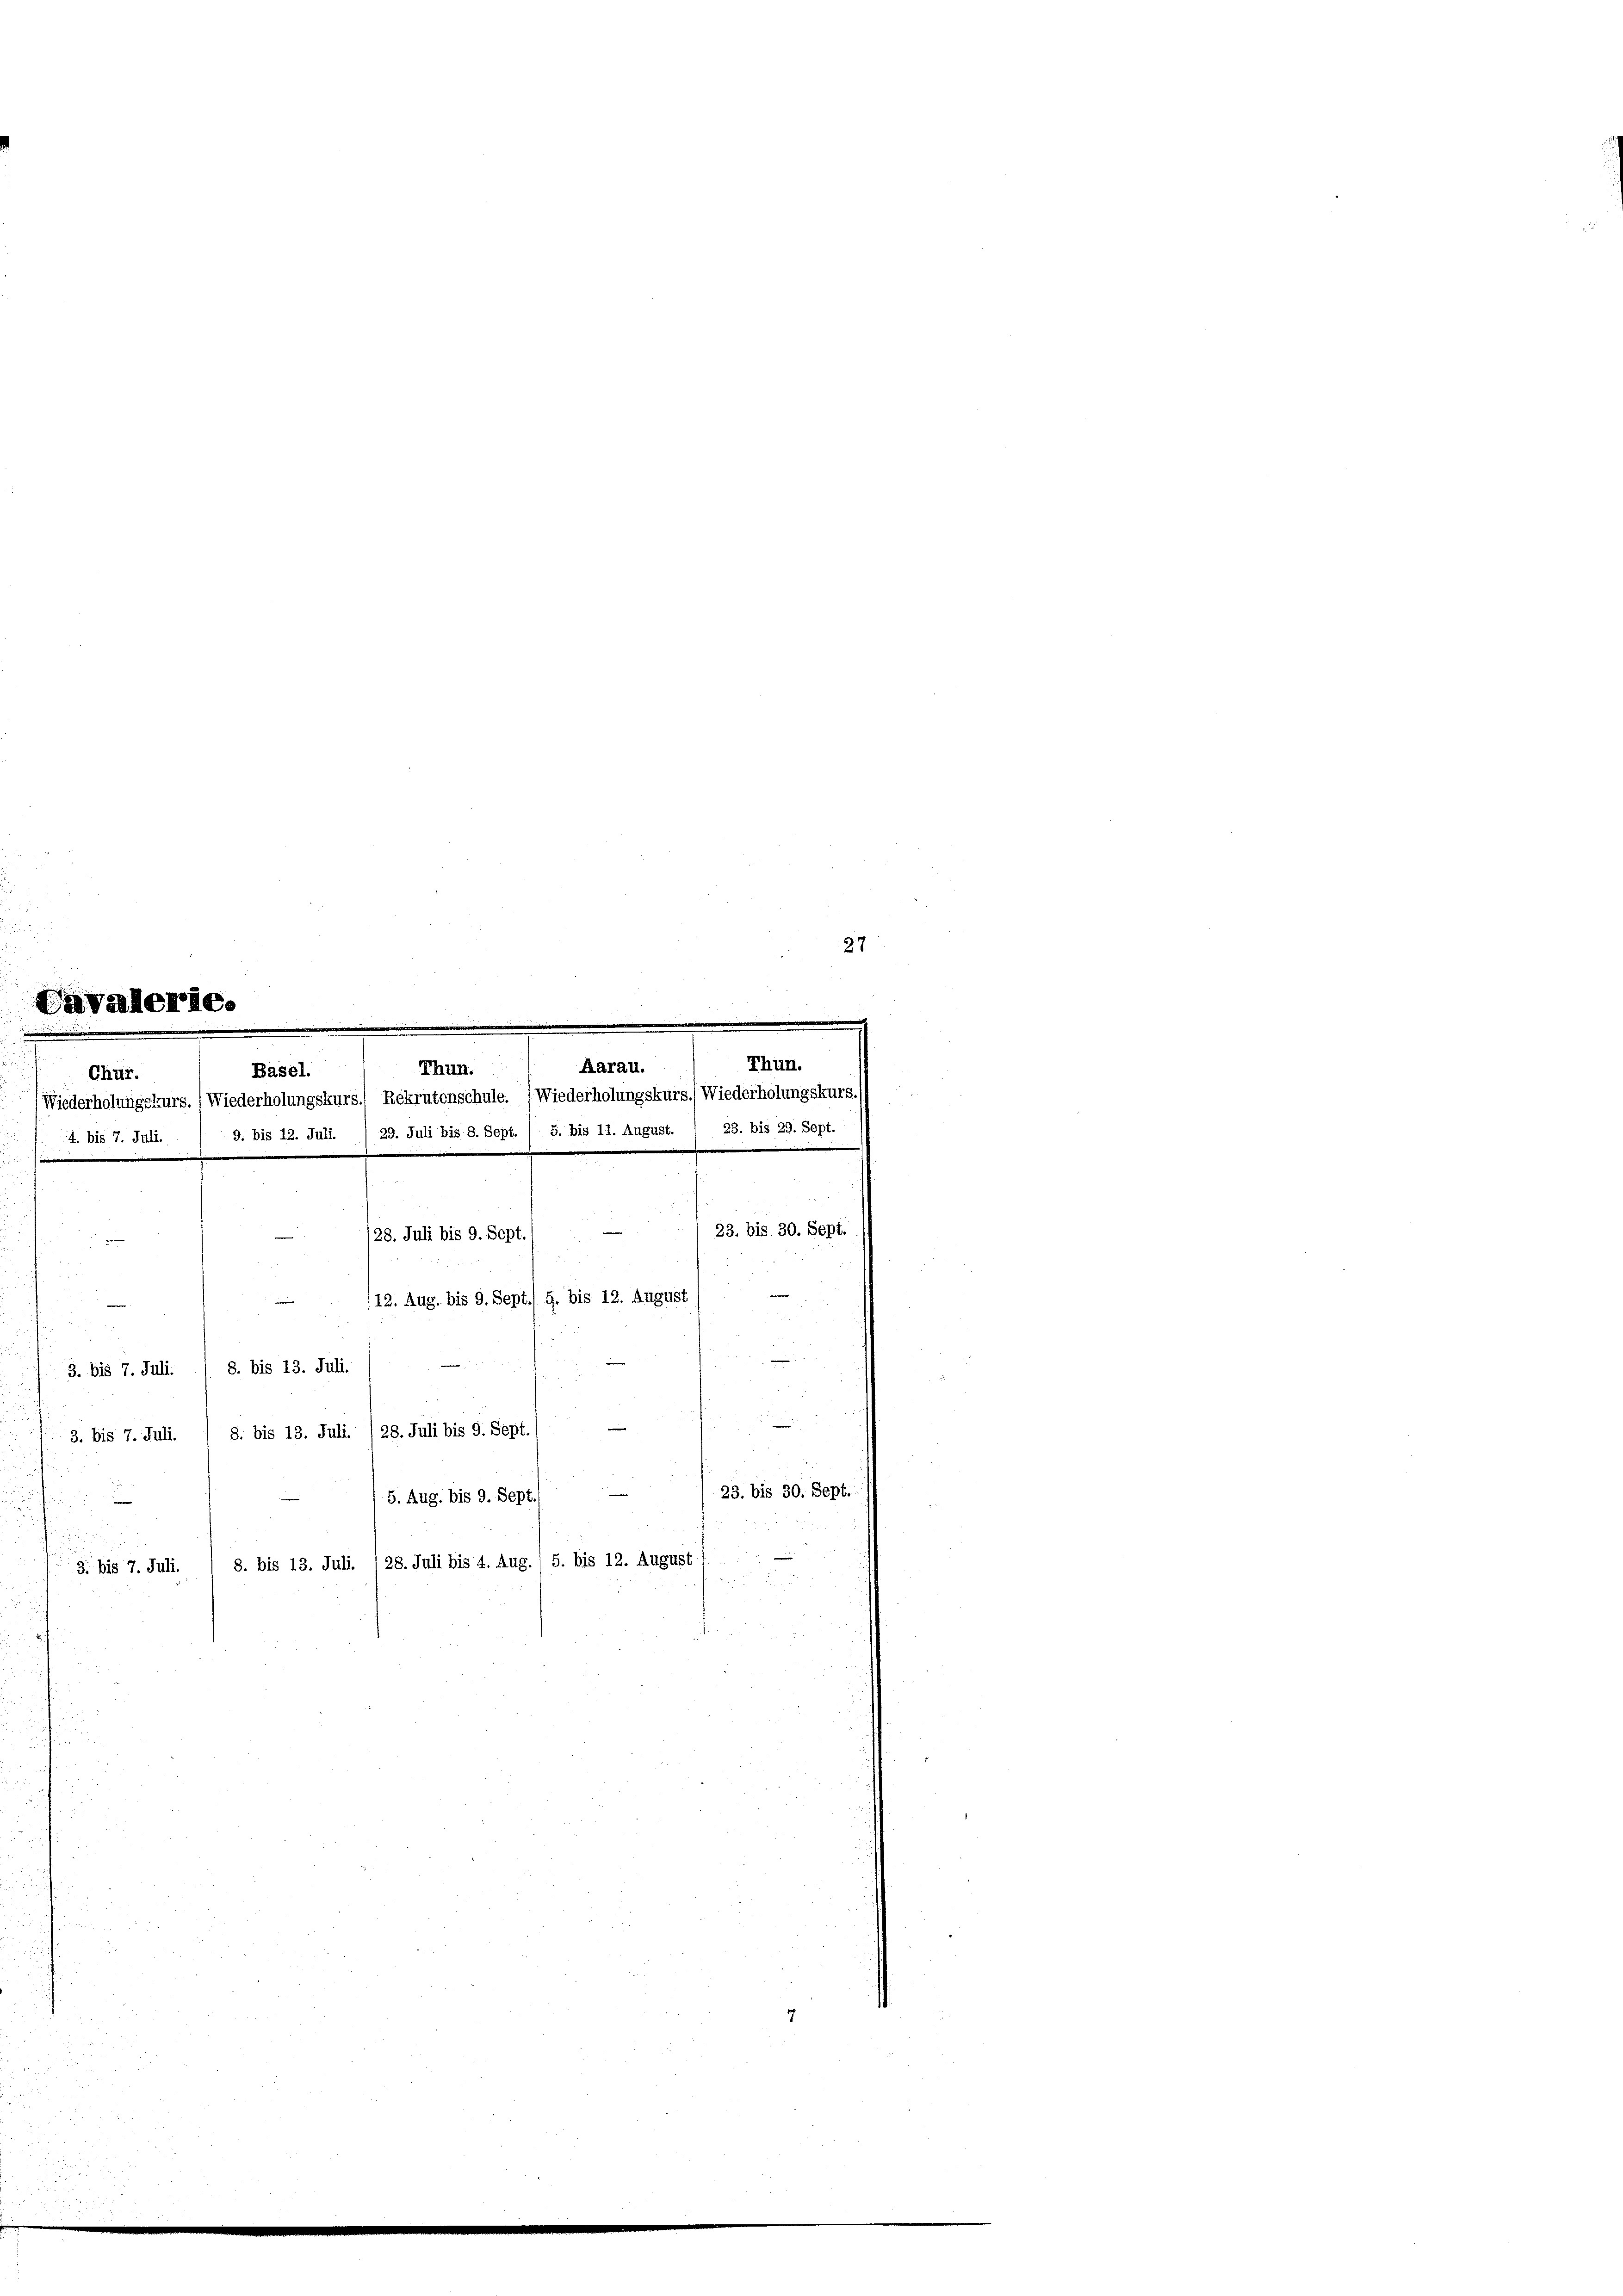
d

Cavallerie.
Chur.

.
23. bis 30. Sept.
128. Juli bis 9. Sept./
i
/12. Aug. bis 9. Sept./9. bis 12. August
.
3. bis 7. Juli. / 8. bis 13. Juli.
.
e

8. bis 13. Juli. / 28. Juli bis 9. Sept. (
3. bis 7. Juli.
23. bis 30. Sept.
5. Aug. bis 9. Sept.

8. bis 13. Juli. 128. Juli bis 4. Aug., 5. bis 12. August
3. bis 7. Juli.

2

u
e

 8 x
2

Aarau.
Thun.
Basel.
Wiederholungskurs. (Wiederholungskurs.) Rekrutenschule. (Wiederholungskurs.) Wiederholungskurs.
4. bis 7. Juli. / 9. bis 12. Juli. / 29. Juli bis 8. Sept. / 5. bis 11. August.

Thun.
/23. bis 29. Sept.

87